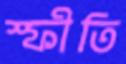
স্ফীতি